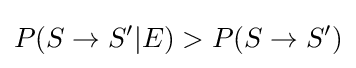
P(S\rightarrow S'|E)>P(S\rightarrow S')